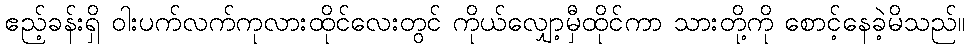
ဧည့်ခန်းရှိ ဝါးပက်လက်ကုလားထိုင်လေးတွင် ကိုယ်လျှော့မှီထိုင်ကာ သားတို့ကို စောင့်နေခဲ့မိသည်။